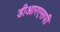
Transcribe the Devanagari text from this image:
डीआरएसपी